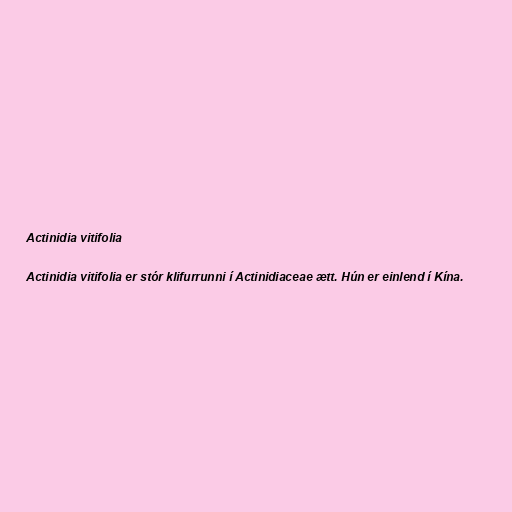
Actinidia vitifolia

Actinidia vitifolia er stór klifurrunni í Actinidiaceae ætt. Hún er einlend í Kína.